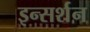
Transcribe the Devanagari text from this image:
इन्सर्शन